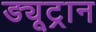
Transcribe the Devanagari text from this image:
ड्यूट्रान